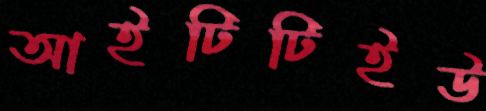
আইটিটিইউ